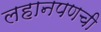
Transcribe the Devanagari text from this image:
लहानपणची